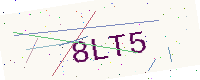
Text: 8LT5